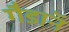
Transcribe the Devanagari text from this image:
गैडाॅन